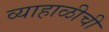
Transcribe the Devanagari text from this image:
व्याहाळीची